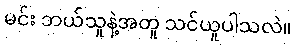
မင်း ဘယ်သူနဲ့အတူ သင်ယူပါသလဲ။